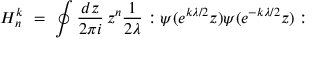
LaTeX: H _ { n } ^ { k } \ = \ \oint { \frac { d z } { 2 \pi i } } \, z ^ { n } { \frac { 1 } { 2 \lambda } } : \psi ( e ^ { k \lambda / 2 } z ) \psi ( e ^ { - k \lambda / 2 } z ) :